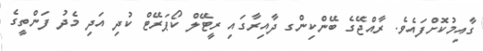
ގާއިމުކޮށްފައެވެ. ރާއްޖޭގެ ބޭންކިންގ ދާއިރާގައި ރީޓޭލް ކޯޕަރޭޓް ކުދި އަދި މެދު ފަންތީގެ